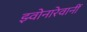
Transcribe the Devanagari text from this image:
झ्वोनारेवानीं